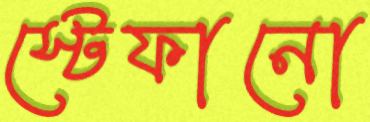
স্টেফানো